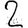
Digit: 2